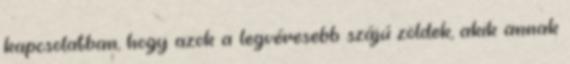
kapcsolatban, hogy azok a legvéresebb szájú zöldek, akik annak